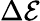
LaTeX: \Delta\cal E